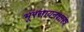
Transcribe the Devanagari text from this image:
भूरसायनशास्त्र